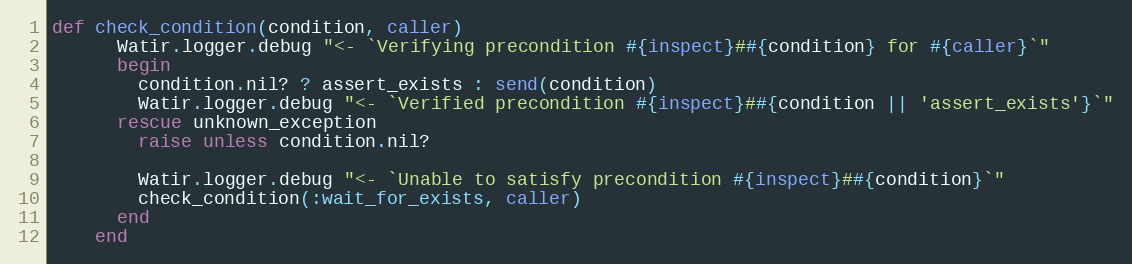
Language: Ruby
def check_condition(condition, caller)
      Watir.logger.debug "<- `Verifying precondition #{inspect}##{condition} for #{caller}`"
      begin
        condition.nil? ? assert_exists : send(condition)
        Watir.logger.debug "<- `Verified precondition #{inspect}##{condition || 'assert_exists'}`"
      rescue unknown_exception
        raise unless condition.nil?

        Watir.logger.debug "<- `Unable to satisfy precondition #{inspect}##{condition}`"
        check_condition(:wait_for_exists, caller)
      end
    end